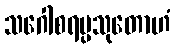
သဂေါစရပ္ပသုတောဟံ